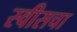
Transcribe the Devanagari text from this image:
स्वीसचा